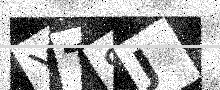
Text: YT8J